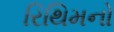
રિથિમનો